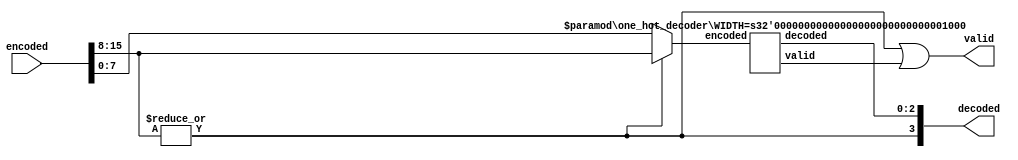
module one_hot_decoder #(
parameter WIDTH = 16
) (
encoded,
decoded,
valid
);

//define the log2 function
function integer log2;
  input integer num;
  integer i, result;
  begin
      for (i = 0; 2 ** i < num; i = i + 1)
          result = i + 1;
      log2 = result;
  end
endfunction

input [WIDTH-1 : 0] encoded;
output [log2(WIDTH)-1 : 0] decoded;
output valid;

generate
	wire decoded_half_valid;
	wire top_half_has_one;

	if (WIDTH==2)begin
		assign valid = encoded[1] | encoded [0];
		assign decoded = encoded[1];
	end
	else begin
		assign top_half_has_one = |encoded[WIDTH-1 : WIDTH/2];
		assign decoded[log2(WIDTH)-1] = top_half_has_one;
		assign valid = top_half_has_one | decoded_half_valid;

		one_hot_decoder #(WIDTH/2) decode_half (.encoded(top_half_has_one ? encoded[WIDTH-1 : WIDTH/2] : encoded[(WIDTH/2)-1 : 0]),
							.decoded(decoded[log2(WIDTH)-2 : 0]),
							.valid(decoded_half_valid)	);
	end
endgenerate


endmodule